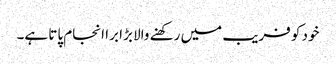
خود کو فریب میں رکھنے والا بڑا برا انجام پاتا ہے۔